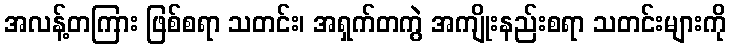
အလန့်တကြား ဖြစ်စရာ သတင်း၊ အရှက်တကွဲ အကျိုးနည်းစရာ သတင်းများကို